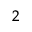
_ { 2 }